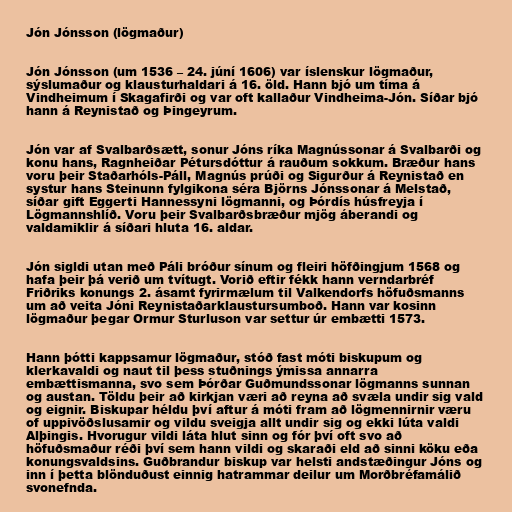
Jón Jónsson (lögmaður)

Jón Jónsson (um 1536 – 24. júní 1606) var íslenskur lögmaður,
sýslumaður og klausturhaldari á 16. öld. Hann bjó um tíma á
Vindheimum í Skagafirði og var oft kallaður Vindheima-Jón. Síðar bjó
hann á Reynistað og Þingeyrum.

Jón var af Svalbarðsætt, sonur Jóns ríka Magnússonar á Svalbarði og
konu hans, Ragnheiðar Pétursdóttur á rauðum sokkum. Bræður hans
voru þeir Staðarhóls-Páll, Magnús prúði og Sigurður á Reynistað en
systur hans Steinunn fylgikona séra Björns Jónssonar á Melstað,
síðar gift Eggerti Hannessyni lögmanni, og Þórdís húsfreyja í
Lögmannshlíð. Voru þeir Svalbarðsbræður mjög áberandi og
valdamiklir á síðari hluta 16. aldar.

Jón sigldi utan með Páli bróður sínum og fleiri höfðingjum 1568 og
hafa þeir þá verið um tvítugt. Vorið eftir fékk hann verndarbréf
Friðriks konungs 2. ásamt fyrirmælum til Valkendorfs höfuðsmanns
um að veita Jóni Reynistaðarklaustursumboð. Hann var kosinn
lögmaður þegar Ormur Sturluson var settur úr embætti 1573.

Hann þótti kappsamur lögmaður, stóð fast móti biskupum og
klerkavaldi og naut til þess stuðnings ýmissa annarra
embættismanna, svo sem Þórðar Guðmundssonar lögmanns sunnan
og austan. Töldu þeir að kirkjan væri að reyna að svæla undir sig vald
og eignir. Biskupar héldu því aftur á móti fram að lögmennirnir væru
of uppivöðslusamir og vildu sveigja allt undir sig og ekki lúta valdi
Alþingis. Hvorugur vildi láta hlut sinn og fór því oft svo að
höfuðsmaður réði því sem hann vildi og skaraði eld að sinni köku eða
konungsvaldsins. Guðbrandur biskup var helsti andstæðingur Jóns og
inn í þetta blönduðust einnig hatrammar deilur um Morðbréfamálið
svonefnda.